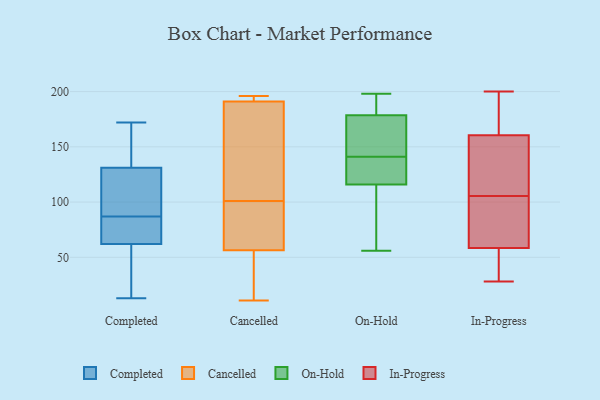
{"axis": {"x": "Churn Rate (%)", "y": "Value"}, "legend": ["Cancelled", "Completed", "In-Progress", "On-Hold"], "data": [{"x": "", "y": 103, "type": "Completed"}, {"x": "", "y": 155, "type": "Completed"}, {"x": "", "y": 25, "type": "Completed"}, {"x": "", "y": 126, "type": "Completed"}, {"x": "", "y": 141, "type": "Completed"}, {"x": "", "y": 81, "type": "Completed"}, {"x": "", "y": 93, "type": "Completed"}, {"x": "", "y": 172, "type": "Completed"}, {"x": "", "y": 72, "type": "Completed"}, {"x": "", "y": 37, "type": "Completed"}, {"x": "", "y": 131, "type": "Completed"}, {"x": "", "y": 67, "type": "Completed"}, {"x": "", "y": 170, "type": "Completed"}, {"x": "", "y": 13, "type": "Completed"}, {"x": "", "y": 124, "type": "Completed"}, {"x": "", "y": 56, "type": "Completed"}, {"x": "", "y": 71, "type": "Completed"}, {"x": "", "y": 62, "type": "Completed"}, {"x": "", "y": 67, "type": "Cancelled"}, {"x": "", "y": 102, "type": "Cancelled"}, {"x": "", "y": 11, "type": "Cancelled"}, {"x": "", "y": 92, "type": "Cancelled"}, {"x": "", "y": 189, "type": "Cancelled"}, {"x": "", "y": 196, "type": "Cancelled"}, {"x": "", "y": 46, "type": "Cancelled"}, {"x": "", "y": 30, "type": "Cancelled"}, {"x": "", "y": 128, "type": "Cancelled"}, {"x": "", "y": 193, "type": "Cancelled"}, {"x": "", "y": 100, "type": "Cancelled"}, {"x": "", "y": 194, "type": "Cancelled"}, {"x": "", "y": 56, "type": "On-Hold"}, {"x": "", "y": 183, "type": "On-Hold"}, {"x": "", "y": 118, "type": "On-Hold"}, {"x": "", "y": 141, "type": "On-Hold"}, {"x": "", "y": 136, "type": "On-Hold"}, {"x": "", "y": 177, "type": "On-Hold"}, {"x": "", "y": 191, "type": "On-Hold"}, {"x": "", "y": 146, "type": "On-Hold"}, {"x": "", "y": 152, "type": "On-Hold"}, {"x": "", "y": 198, "type": "On-Hold"}, {"x": "", "y": 123, "type": "On-Hold"}, {"x": "", "y": 175, "type": "On-Hold"}, {"x": "", "y": 110, "type": "On-Hold"}, {"x": "", "y": 141, "type": "On-Hold"}, {"x": "", "y": 185, "type": "On-Hold"}, {"x": "", "y": 77, "type": "On-Hold"}, {"x": "", "y": 89, "type": "On-Hold"}, {"x": "", "y": 28, "type": "In-Progress"}, {"x": "", "y": 30, "type": "In-Progress"}, {"x": "", "y": 190, "type": "In-Progress"}, {"x": "", "y": 44, "type": "In-Progress"}, {"x": "", "y": 144, "type": "In-Progress"}, {"x": "", "y": 86, "type": "In-Progress"}, {"x": "", "y": 69, "type": "In-Progress"}, {"x": "", "y": 142, "type": "In-Progress"}, {"x": "", "y": 153, "type": "In-Progress"}, {"x": "", "y": 78, "type": "In-Progress"}, {"x": "", "y": 52, "type": "In-Progress"}, {"x": "", "y": 180, "type": "In-Progress"}, {"x": "", "y": 200, "type": "In-Progress"}, {"x": "", "y": 65, "type": "In-Progress"}, {"x": "", "y": 125, "type": "In-Progress"}, {"x": "", "y": 168, "type": "In-Progress"}]}